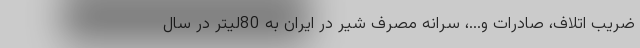
ضریب اتلاف، صادرات و...، سرانه مصرف شیر در ایران به 80لیتر در سال